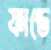
ফান্ডে